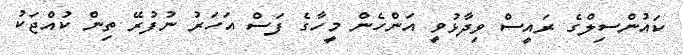
ކައުންސިލްގެ ރައީސް ވިދާޅުވީ އަންހެން މީހާގެ ފަސް އަހަރު ނުފުރޭ ތިން ކުއްޖަކު